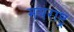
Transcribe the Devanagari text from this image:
मयराष्ट्र